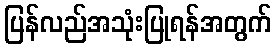
ပြန်လည်အသုံးပြုရန်အတွက်